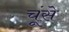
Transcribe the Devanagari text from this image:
चूंसे